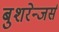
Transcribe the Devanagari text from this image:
बुशरेन्जर्स